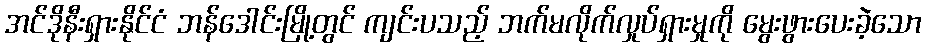
အင်ဒိုနီးရှားနိုင်ငံ ဘန်ဒေါင်းမြို့တွင် ကျင်းပသည့် ဘက်မလိုက်လှုပ်ရှားမှုကို မွေးဖွားပေးခဲ့သော